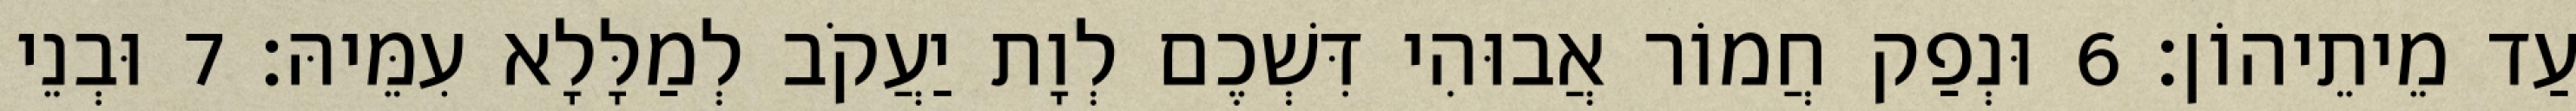
עַד מֵיתֵיהוֹן׃ 6 וּנְפַק חֲמוֹר אֲבוּהִי דִּשְׁכֶם לְוָת יַעֲקֹב לְמַלָּלָא עִמֵּיהּ׃ 7 וּבְנֵי